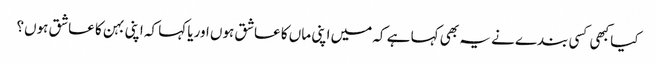
کیا کبھی کسی بندے نے یہ بھی کہا ہے کہ میں اپنی ماں کا عاشق ہوں اوریا کہا کہ اپنی بہن کا عاشق ہوں؟